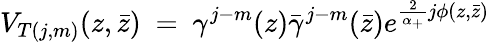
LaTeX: V_{T(j,m)}(z,\bar{z})~=~\gamma^{j-m}(z)\bar{\gamma}^{j-m}(\bar{z})e^{\frac 2{\alpha_{+}}j\phi(z,\bar{z})}